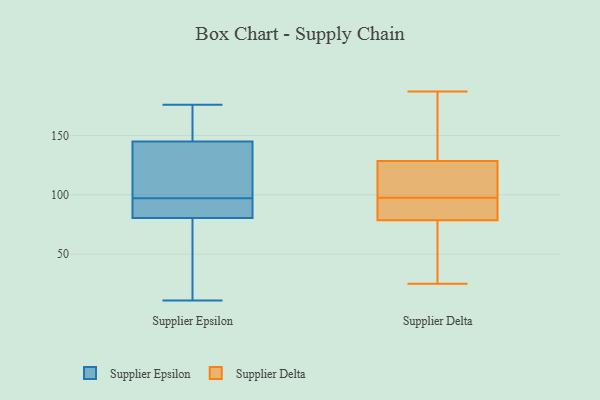
{"axis": {"x": "Tickets Resolved", "y": "Value"}, "legend": ["Supplier Delta", "Supplier Epsilon"], "data": [{"x": "", "y": 146, "type": "Supplier Epsilon"}, {"x": "", "y": 97, "type": "Supplier Epsilon"}, {"x": "", "y": 97, "type": "Supplier Epsilon"}, {"x": "", "y": 152, "type": "Supplier Epsilon"}, {"x": "", "y": 176, "type": "Supplier Epsilon"}, {"x": "", "y": 90, "type": "Supplier Epsilon"}, {"x": "", "y": 128, "type": "Supplier Epsilon"}, {"x": "", "y": 86, "type": "Supplier Epsilon"}, {"x": "", "y": 112, "type": "Supplier Epsilon"}, {"x": "", "y": 75, "type": "Supplier Epsilon"}, {"x": "", "y": 154, "type": "Supplier Epsilon"}, {"x": "", "y": 11, "type": "Supplier Epsilon"}, {"x": "", "y": 92, "type": "Supplier Epsilon"}, {"x": "", "y": 144, "type": "Supplier Epsilon"}, {"x": "", "y": 54, "type": "Supplier Epsilon"}, {"x": "", "y": 72, "type": "Supplier Epsilon"}, {"x": "", "y": 77, "type": "Supplier Delta"}, {"x": "", "y": 116, "type": "Supplier Delta"}, {"x": "", "y": 130, "type": "Supplier Delta"}, {"x": "", "y": 87, "type": "Supplier Delta"}, {"x": "", "y": 128, "type": "Supplier Delta"}, {"x": "", "y": 25, "type": "Supplier Delta"}, {"x": "", "y": 146, "type": "Supplier Delta"}, {"x": "", "y": 129, "type": "Supplier Delta"}, {"x": "", "y": 84, "type": "Supplier Delta"}, {"x": "", "y": 80, "type": "Supplier Delta"}, {"x": "", "y": 81, "type": "Supplier Delta"}, {"x": "", "y": 187, "type": "Supplier Delta"}, {"x": "", "y": 108, "type": "Supplier Delta"}, {"x": "", "y": 74, "type": "Supplier Delta"}, {"x": "", "y": 74, "type": "Supplier Delta"}, {"x": "", "y": 124, "type": "Supplier Delta"}]}